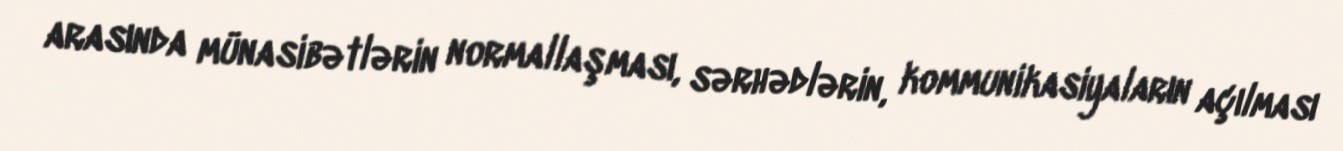
arasında münasibətlərin normallaşması, sərhədlərin, kommunikasiyaların açılması